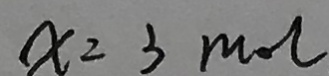
x = 3 m o l